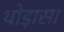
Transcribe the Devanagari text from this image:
थोड़ासा